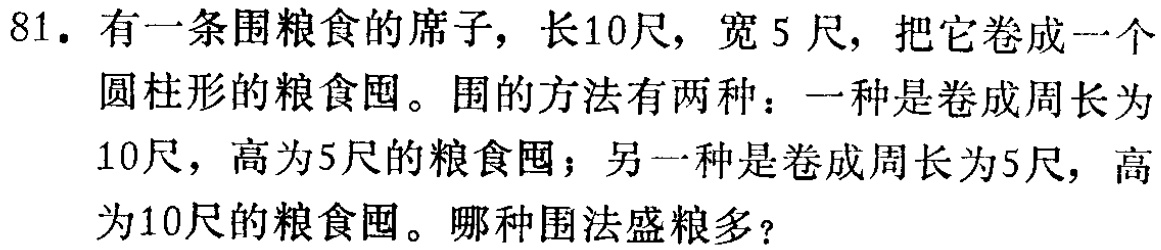
81. 有一条围粮食的席子，长10尺，宽5尺，把它卷成一个圆柱形的粮食囤。围的方法有两种：一种是卷成周长为10尺，高为5尺的粮食囤；另一种是卷成周长为5尺，高为10尺的粮食囤。哪种围法盛粮多？